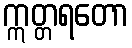
ဣတ္တရတော